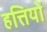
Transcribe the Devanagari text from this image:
हत्तियों